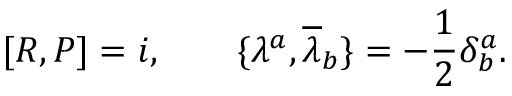
\lbrack R , P \rbrack = i , \qquad \lbrace \lambda ^ { a } , { \overline { { { \lambda } } } } _ { b } \rbrace = - \frac { 1 } { 2 } \delta _ { b } ^ { a } .